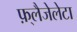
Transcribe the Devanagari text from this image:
फ़्लैजेलेटा